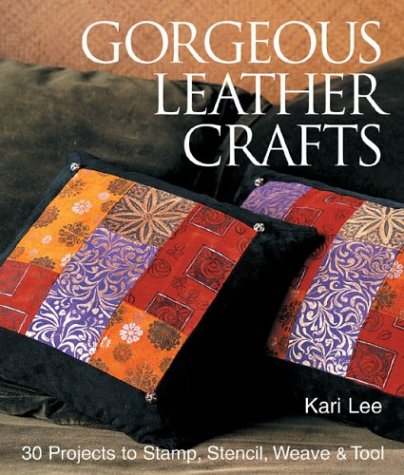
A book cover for Gorgeous Leather Crafts: 30 Projects to Stamp, Stencil, Weave & Tool; Kari Lee; Crafts, Hobbies & Home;